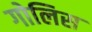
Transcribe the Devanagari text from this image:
गोलिस